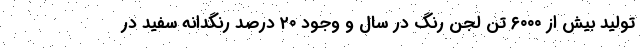
تولید بیش از ۶۰۰۰ تن لجن رنگ در سال و وجود ۲۰ درصد رنگدانه سفید در